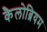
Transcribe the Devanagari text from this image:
कैलोब्रियम